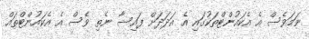
ނަމަވެސް އެ އެކައުންޓްތަކުގައި އެ އަދަދަށް ފައިސާ ނެތި ވެސް އެ އެކައުންޓްތައް